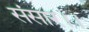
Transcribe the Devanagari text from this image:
संसार।।